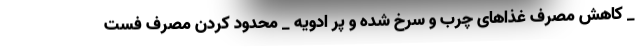
_ کاهش مصرف غذاهای چرب و سرخ شده و پر ادویه _ محدود کردن مصرف فست